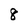
Character: 8